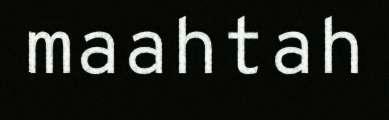
maahtah